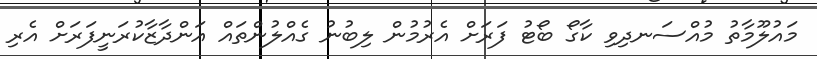
މައުލޫމާތު މުއްސަނދިވި ކާގޯ ބޯޓު ފަރަށް އެރުމުން ލިބުނު ގެއްލުންތައް އަންދާޒާކުރަނީފަރަށް އެރި